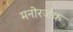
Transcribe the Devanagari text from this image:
मनोरजंक